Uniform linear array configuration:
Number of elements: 12
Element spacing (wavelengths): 0.25
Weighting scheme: exponential
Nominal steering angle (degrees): -15
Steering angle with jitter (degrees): -16.207
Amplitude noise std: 0.05
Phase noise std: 0.05

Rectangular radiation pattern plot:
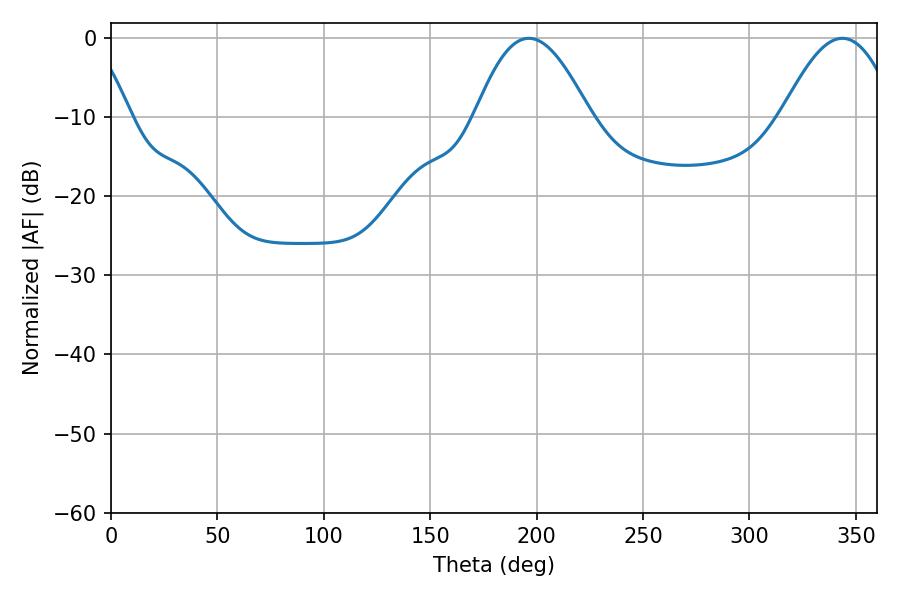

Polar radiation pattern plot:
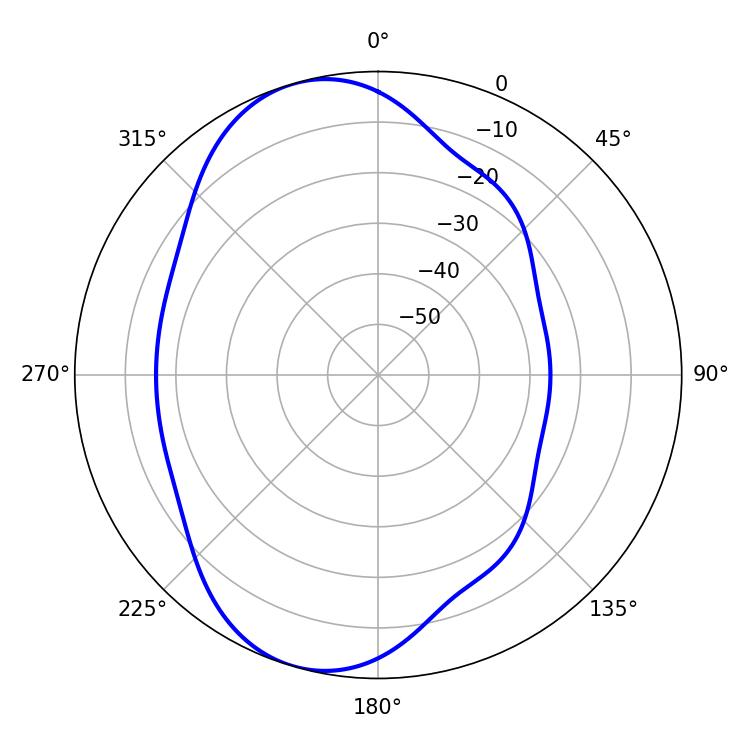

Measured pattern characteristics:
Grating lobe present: FALSE
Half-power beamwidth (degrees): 29.16
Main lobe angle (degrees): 196.38